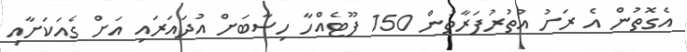
އެގޮތުން އެ ރަށު އުތުރުފަރާތުން 150 ފޫޓެއްހާ ހިސާބަށް އުދައަރައި އަށް ގެއަކަށާއި